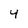
Character: 4